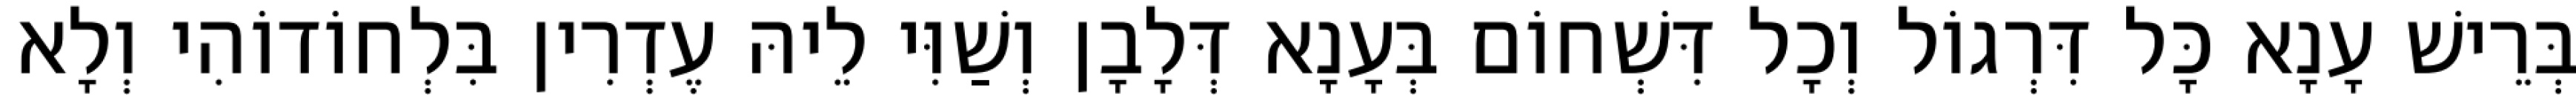
בְּרֵישׁ עָנָא כָּל דִּרְגוֹל וְכָל דִּשְׁחוֹם בְּעָנָא דְּלָבָן וְשַׁוִּי לֵיהּ עֶדְרִין בִּלְחוֹדוֹהִי וְלָא